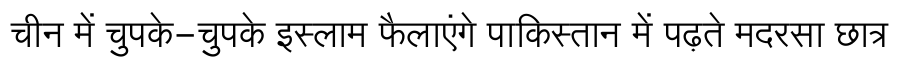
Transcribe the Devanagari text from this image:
चीन में चुपके-चुपके इस्लाम फैलाएंगे पाकिस्तान में पढ़ते मदरसा छात्र